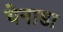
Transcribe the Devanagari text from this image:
येनाडा